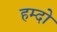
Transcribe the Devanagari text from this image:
हम्दो